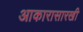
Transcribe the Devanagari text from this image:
आकारासारखी